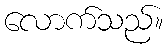
လောက်သည်။